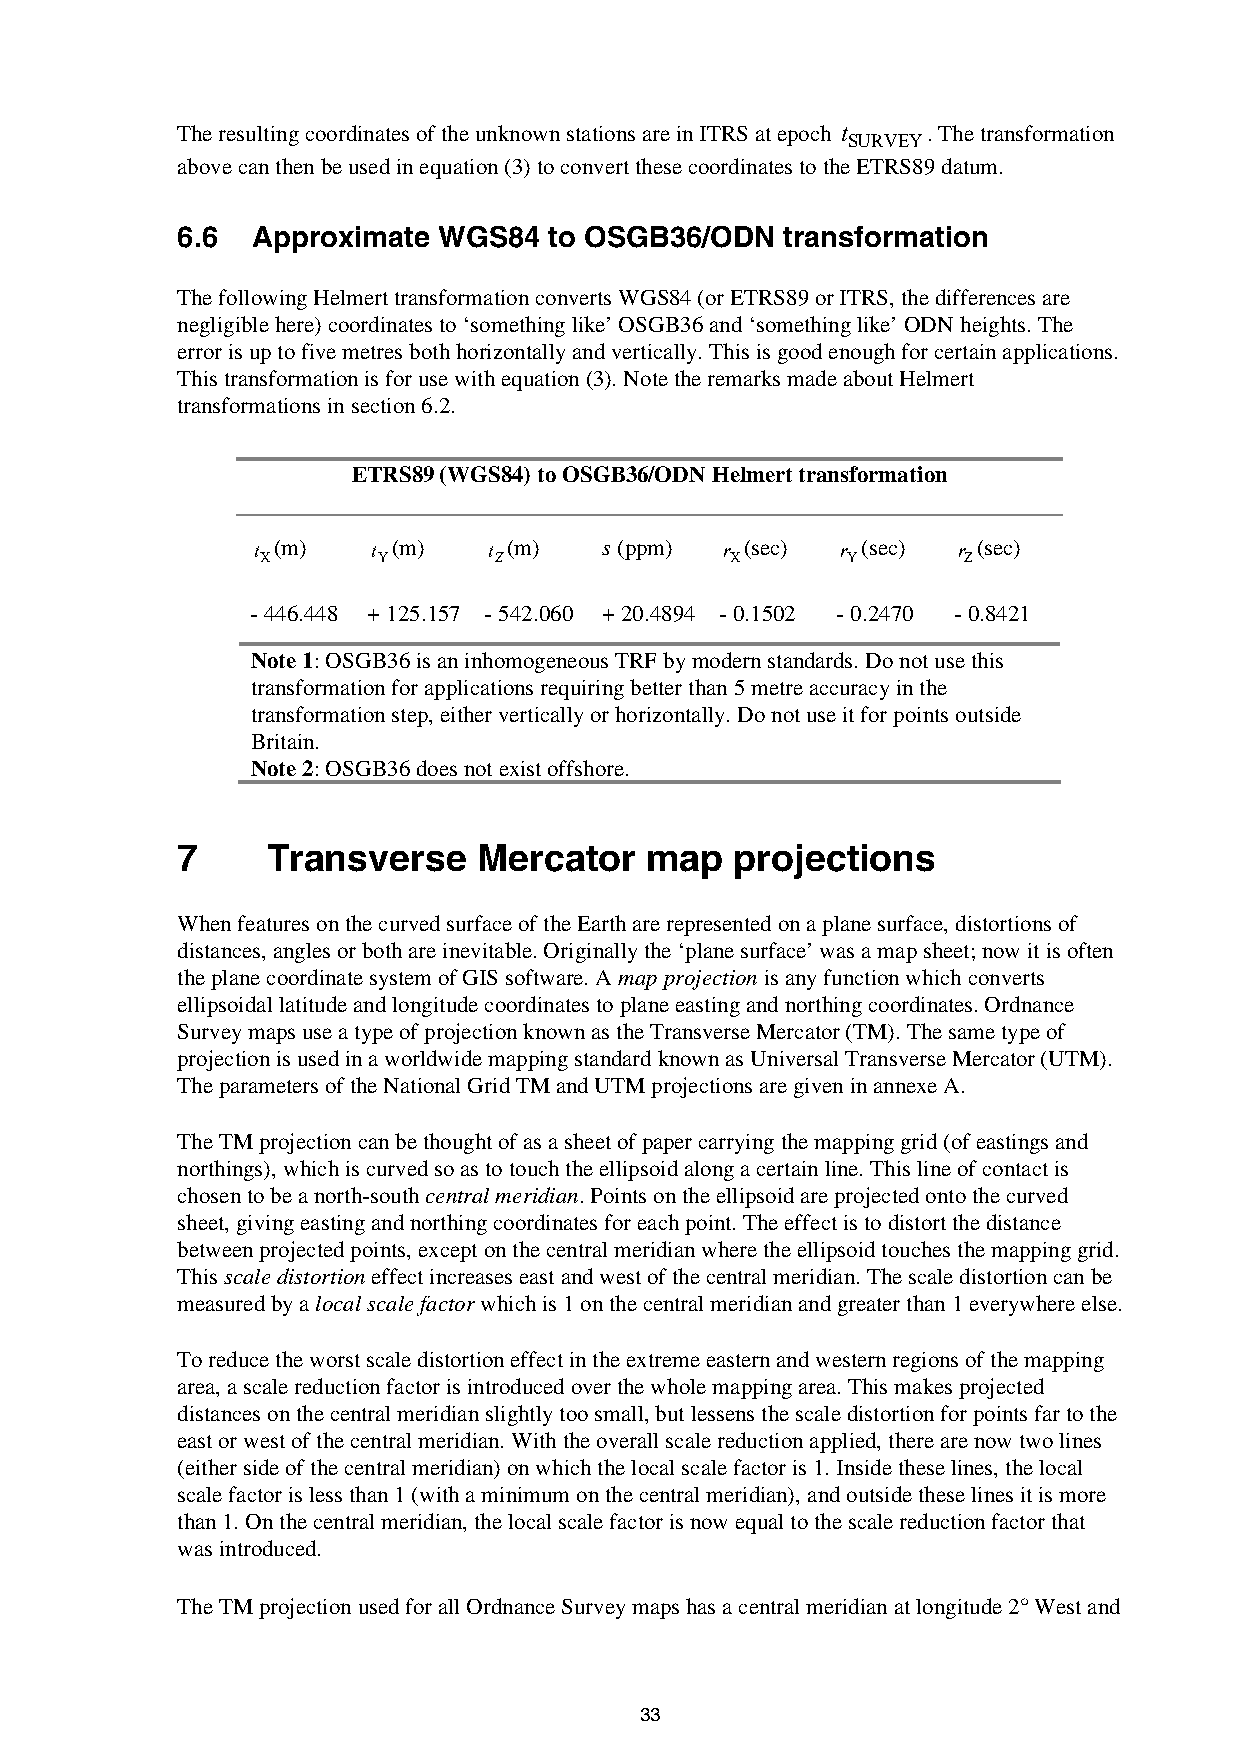
The resulting coordinates of the unknown stations are in ITRS at epoch t . The transformation
 SURVEY
 above can then be used in equation (3) to convert these coordinates to the ETRS89 datum.
 6.6  Approximate WGS84  to OSGB36/ODN   transformation
 The following Helmert transformation converts WGS84 (or ETRS89 or ITRS, the differences are
 negligible here) coordinates to ‘something like’ OSGB36 and ‘something like’ ODN heights. The
 error is up to five metres both horizontally and vertically. This is good enough for certain applications.
 This transformation is for use with equation (3). Note the remarks made about Helmert
 transformations in section 6.2.
 ETRS89 (WGS84) to OSGB36/ODN Helmert transformation
 t (m)   t (m)  t (m)   s (ppm) r (sec) r (sec) r (sec)
 X       Y       Z              X       Y       Z
 - 446.448 + 125.157 - 542.060 + 20.4894 - 0.1502 - 0.2470 - 0.8421
 Note 1: OSGB36 is an inhomogeneous TRF by modern standards. Do not use this
 transformation for applications requiring better than 5 metre accuracy in the
 transformation step, either vertically or horizontally. Do not use it for points outside
 Britain.
 Note 2: OSGB36 does not exist offshore.
 7     Transverse    Mercator   map   projections
 When features on the curved surface of the Earth are represented on a plane surface, distortions of
 distances, angles or both are inevitable. Originally the ‘plane surface’ was a map sheet; now it is often
 the plane coordinate system of GIS software. A map projection is any function which converts
 ellipsoidal latitude and longitude coordinates to plane easting and northing coordinates. Ordnance
 Survey maps use a type of projection known as the Transverse Mercator (TM). The same type of
 projection is used in a worldwide mapping standard known as Universal Transverse Mercator (UTM).
 The parameters of the National Grid TM and UTM projections are given in annexe A.
 The TM projection can be thought of as a sheet of paper carrying the mapping grid (of eastings and
 northings), which is curved so as to touch the ellipsoid along a certain line. This line of contact is
 chosen to be a north-south central meridian. Points on the ellipsoid are projected onto the curved
 sheet, giving easting and northing coordinates for each point. The effect is to distort the distance
 between projected points, except on the central meridian where the ellipsoid touches the mapping grid.
 This scale distortion effect increases east and west of the central meridian. The scale distortion can be
 measured by a local scale factor which is 1 on the central meridian and greater than 1 everywhere else.
 To reduce the worst scale distortion effect in the extreme eastern and western regions of the mapping
 area, a scale reduction factor is introduced over the whole mapping area. This makes projected
 distances on the central meridian slightly too small, but lessens the scale distortion for points far to the
 east or west of the central meridian. With the overall scale reduction applied, there are now two lines
 (either side of the central meridian) on which the local scale factor is 1. Inside these lines, the local
 scale factor is less than 1 (with a minimum on the central meridian), and outside these lines it is more
 than 1. On the central meridian, the local scale factor is now equal to the scale reduction factor that
 was introduced.
 The TM projection used for all Ordnance Survey maps has a central meridian at longitude 2° West and
 33